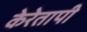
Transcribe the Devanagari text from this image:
केरेतापी